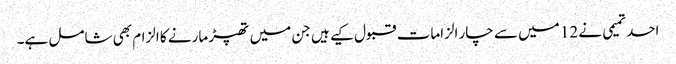
احد تمیمی نے 12 میں سے چار الزامات قبول کیے ہیں جن میں تھپڑ مارنے کا الزام بھی شامل ہے۔